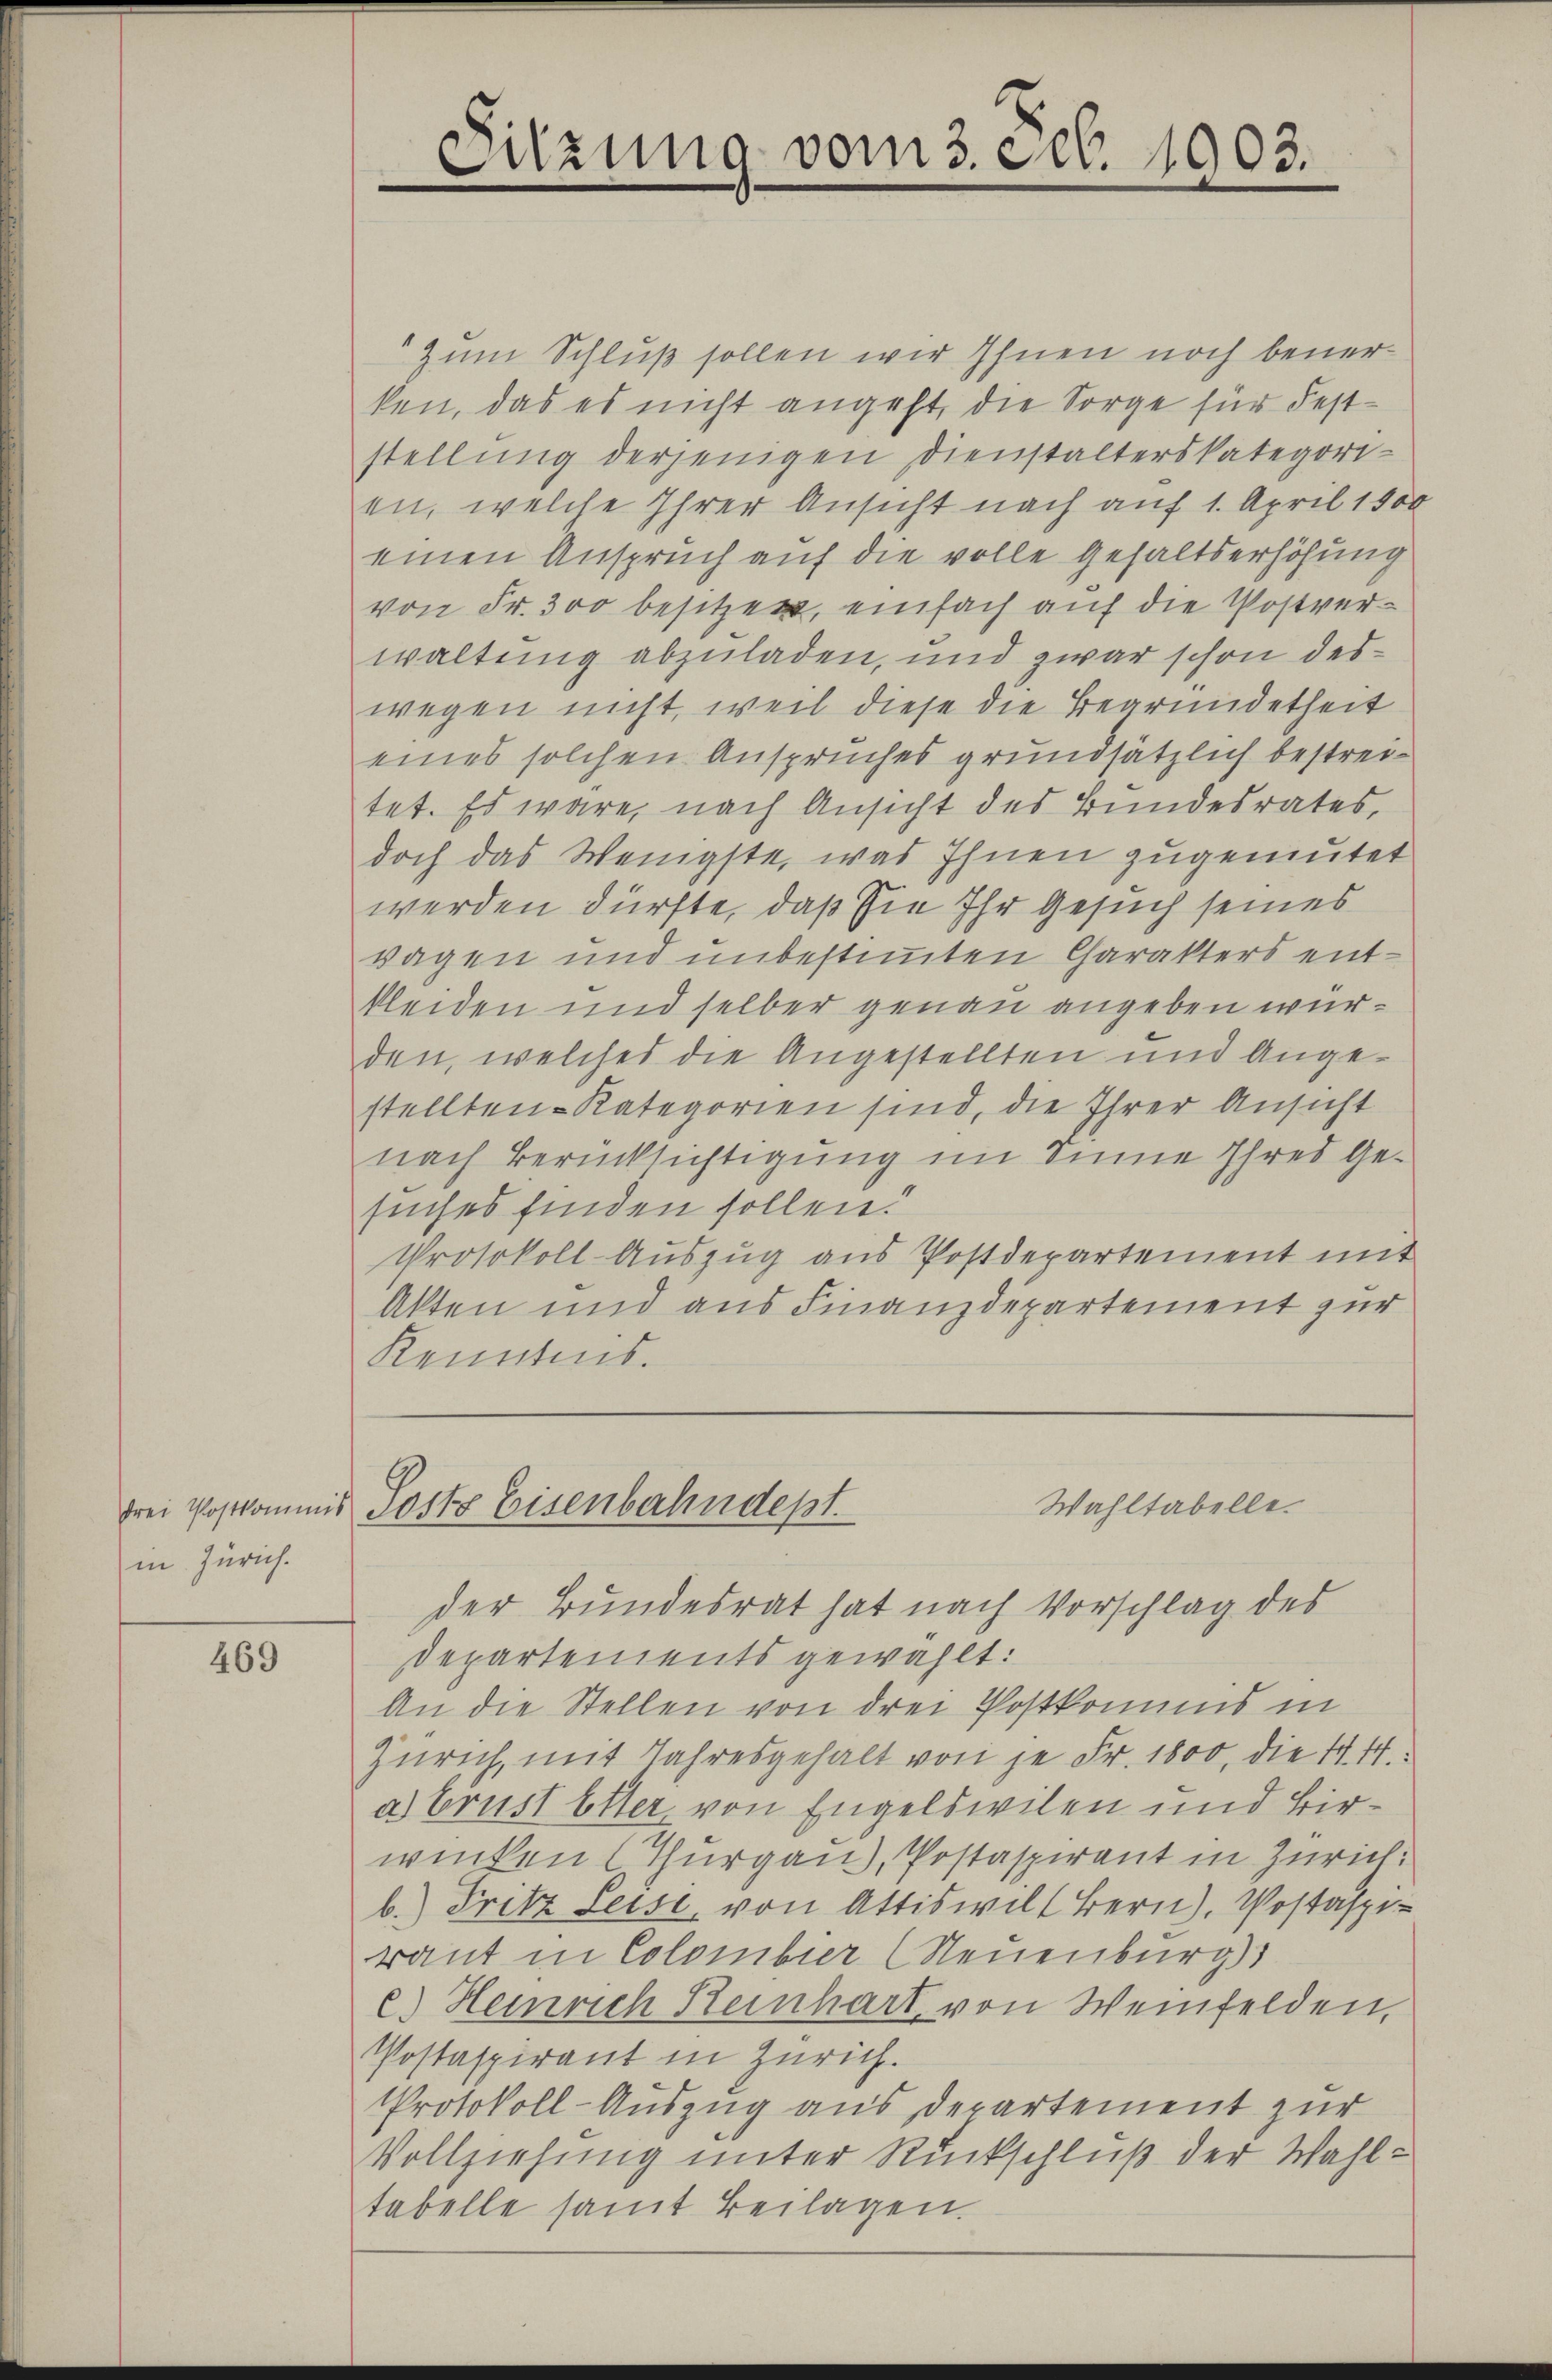
in Zürich.

469

Zum Schluß sollen wir Ihnen noch benerken, das es nicht angeht, die Sorge für Feststellung derjenigen Dienstalterskategorien, welche Ihrer Ansicht nach auf 1. April 1800
einen Anspruch auf die volle Gehaltserhöhung
von Fr. 300 besitzen, einfach auf die Postverwaltung abzuladen, und zwar schon des
wegen nicht, weil diese die Bearmidetheit
eines solchen Anspruches grundsätzlich bestreitet. Es wäre, nach Ansicht des Bundesrates,
doch das Wenigste, was Ihnen zugemutet
werden dürfte, daß sie Ihr Gesuch seines
wagen und unbestimmten Charakters entkleiden und selber genau angeben würden, welches die Angestellten und Angestellten. Kategorien sind, die Ihrer Ansicht
nach Berücksichtigung im Sinne Ihres Gesuches finden sollen.
Protokoll-Auszug aus Postdepartement mit
Akten und aus Finanzdepartement zur
Kenntnis.

Sitzung vom 3. crt. 1903.

Wahltabelle.
drei Postkommis Posts Eisenbahndept.
der Bundesrat hat nach Vorschlag des

Departements gewählt:
An die Stellen von drei Postkomund in
Zürich, mit Jahresgehalt von je Fr. 1800, die 4. 44.
a) Brust Elter, von Engeldwilen und Birwinken (Thurgau, Postaspirant in Zürich:
b.) Fritz Leise, von Attiswill Bern), Postaspiraut in Colombier (Neuenburg)
c.) Heinrich Reinhart, von Weinfelden,
Postaspirant in Zürich.
Protokoll-Auszug aus Departement zur
Vollziehung unter Rückschluß der Wahltabelle samt Beilagen.